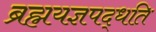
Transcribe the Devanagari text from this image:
ब्रह्मयज्ञपद्धति